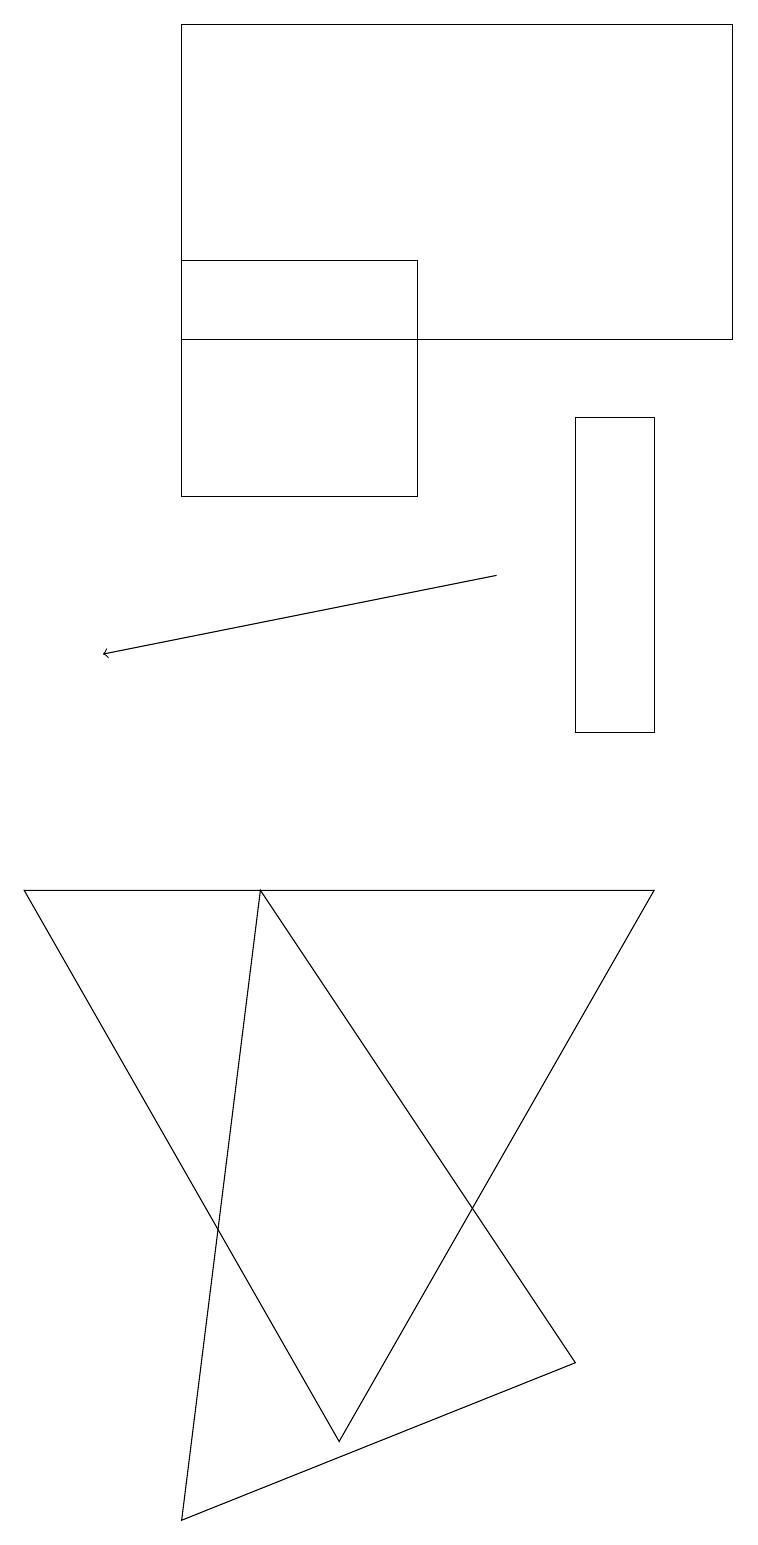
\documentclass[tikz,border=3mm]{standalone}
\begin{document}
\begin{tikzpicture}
\draw[->] (6,12) -- (1,11);
\draw (8,10) rectangle (7,14);
\draw (3,8) -- (2,0) -- (7,2) -- cycle;
\draw (5,16) rectangle (2,13);
\draw (8,8) -- (0,8) -- (4,1) -- cycle;
\draw (2,15) rectangle (9,19);
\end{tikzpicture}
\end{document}